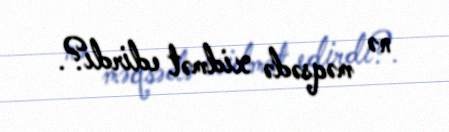
nə məqsədə xidmət edirdi?.